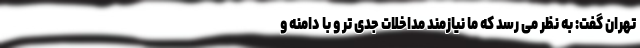
تهران گفت: به نظر می رسد که ما نیازمند مداخلات جدی تر و با دامنه و